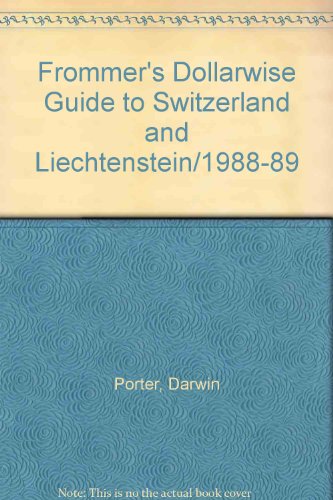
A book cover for Frommer's Dollarwise Guide to Switzerland and Liechtenstein/1988-89; Darwin Porter; Travel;